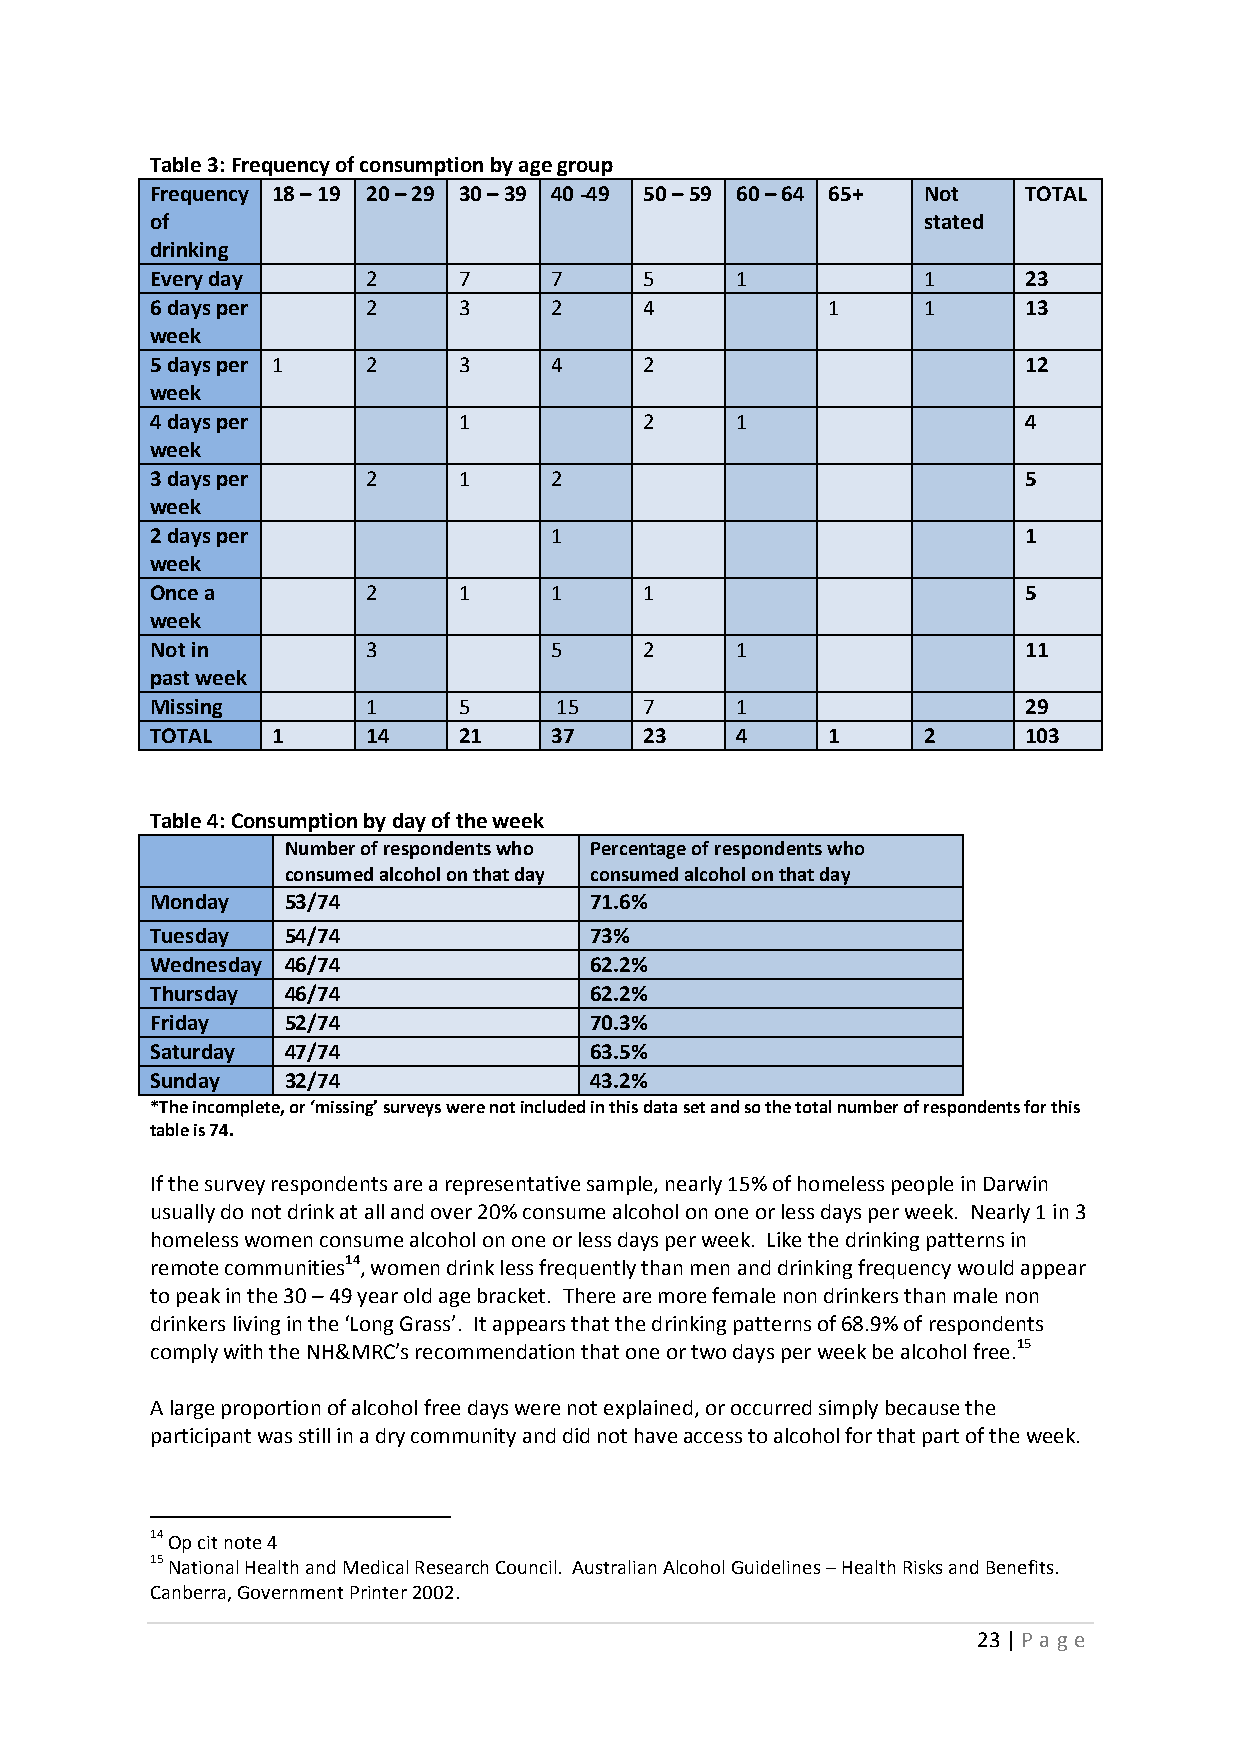
Table 3: Frequency of consumption by age group
 Frequency 18 – 19 20 – 29 30 – 39 40 -49 50 – 59 60 – 64 65+ Not TOTAL
 of                                                 stated
 drinking
 Every day     2     7     7      5     1           1      23
 6 days per    2     3     2      4           1     1      13
 week
 5 days per 1  2     3     4      2                        12
 week
 4 days per          1            2     1                  4
 week
 3 days per    2     1     2                               5
 week
 2 days per                1                               1
 week
 Once a        2     1     1      1                        5
 week
 Not in        3           5      2     1                  11
 past week
 Missing       1     5      15    7     1                  29
 TOTAL   1     14    21    37     23    4     1     2      103
 Table 4: Consumption by day of the week
 Number of respondents who Percentage of respondents who
 consumed alcohol on that day consumed alcohol on that day
 Monday   53/74               71.6%
 Tuesday  54/74               73%
 Wednesday 46/74              62.2%
 Thursday 46/74               62.2%
 Friday   52/74               70.3%
 Saturday 47/74               63.5%
 Sunday   32/74               43.2%
 *The incomplete, or ‘missing’ surveys were not included in this data set and so the total number of respondents for this
 table is 74.
 If the survey respondents are a representative sample, nearly 15% of homeless people in Darwin
 usually do not drink at all and over 20% consume alcohol on one or less days per week. Nearly 1 in 3
 homeless women consume alcohol on one or less days per week. Like the drinking patterns in
 remote communities14, women drink less frequently than men and drinking frequency would appear
 to peak in the 30 – 49 year old age bracket. There are more female non drinkers than male non
 drinkers living in the ‘Long Grass’. It appears that the drinking patterns of 68.9% of respondents
 comply with the NH&MRC’s recommendation that one or two days per week be alcohol free.15
 A large proportion of alcohol free days were not explained, or occurred simply because the
 participant was still in a dry community and did not have access to alcohol for that part of the week.
 14 Op cit note 4
 15 National Health and Medical Research Council. Australian Alcohol Guidelines – Health Risks and Benefits.
 Canberra, Government Printer 2002.
 23 | P age